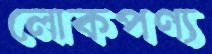
লোকপণ্য